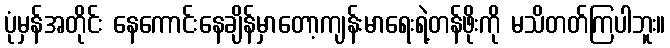
ပုံမှန်အတိုင်း နေကောင်းနေချိန်မှာတော့ကျန်းမာရေးရဲ့တန်ဖိုးကို မသိတတ်ကြပါဘူး။